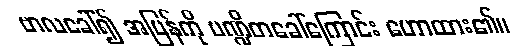
ဗာလခေါ်၍ အပြန်ကို ပဏ္ဍိတခေါ်ကြောင်း ဟောထား၏။